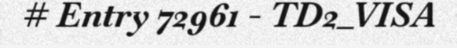
# Entry 72961 - TD2_VISA